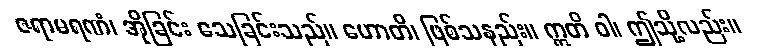
ဇရာမရဏံ၊ အိုခြင်း သေခြင်းသည်။ ဟောတိ၊ ဖြစ်သနည်း။ ဣတိ ဝါ၊ ဤသို့လည်း။